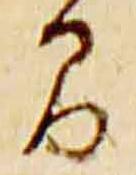
間